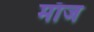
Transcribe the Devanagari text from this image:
माँज